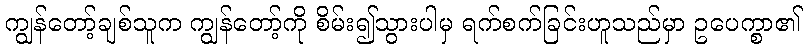
ကျွန်တော့်ချစ်သူက ကျွန်တော့်ကို စိမ်း၍သွားပါမှ ရက်စက်ခြင်းဟူသည်မှာ ဥပေက္စာ၏